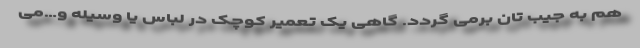
هم به جیب تان برمی گردد. گاهی یک تعمیر کوچک در لباس یا وسیله و…می